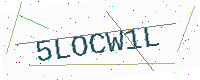
Text: 5LOCW1L